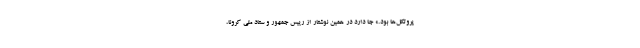
پروتکل‌ها بود.» جا دارد در همین نوشتار از رییس جمهور و ستاد ملی کرونا،